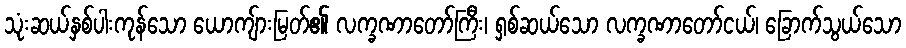
သုံးဆယ်နှစ်ပါးကုန်သော ယောကျ်ားမြတ်၏ လက္ခဏာတော်ကြီး၊ ရှစ်ဆယ်သော လက္ခဏာတော်ငယ်၊ ခြောက်သွယ်သော